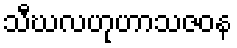
သီဃလဟုဟာသဇဝန